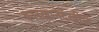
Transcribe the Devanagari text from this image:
कारखानेदेखील